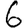
Digit: 6